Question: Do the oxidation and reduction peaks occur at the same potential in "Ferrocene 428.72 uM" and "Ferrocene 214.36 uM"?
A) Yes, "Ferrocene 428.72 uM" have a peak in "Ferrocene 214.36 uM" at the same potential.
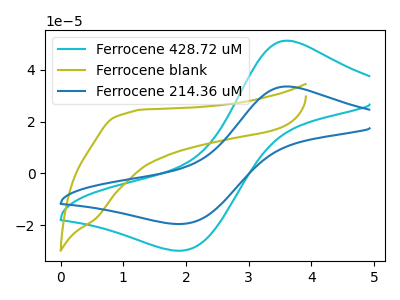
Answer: <think>The cyan curve "Ferrocene 428.72 uM" has an anodic peak at (3.60V, 51.25uA) and a cathodic peak at (1.95V, -29.85uA). The olive curve "Ferrocene blank" has no peaks. The blue curve "Ferrocene 214.36 uM" has an anodic peak at (3.60V, 33.55uA) and a cathodic peak at (1.95V, -19.55uA).</think>
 <answer>A) Yes, "Ferrocene 428.72 uM" have a peak in "Ferrocene 214.36 uM" at the same potential.</answer>
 <eval>A</eval>